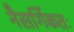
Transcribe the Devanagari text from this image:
नैसर्गिकतः